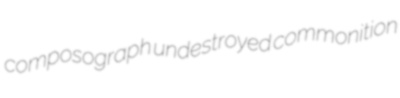
composograph undestroyed commonition